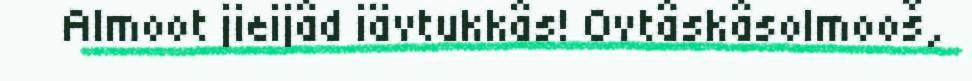
Almoot jieijâd iävtukkâs! Ovtâskâsolmooš,